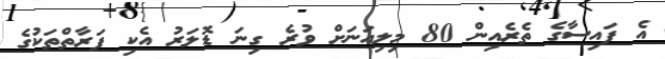
އެ ފައިސާގެ ތެރެއިން 80 މިލިއަނަށް ވުރެ ގިނަ ޑޮލަރު އެކި ފަރާތްތަކުގެ